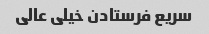
سریع فرستادن خیلی عالی